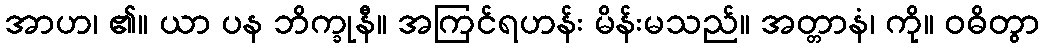
အာဟ၊ ၏။ ယာ ပန ဘိက္ခုနီ။ အကြင်ရဟန်း မိန်းမသည်။ အတ္တာနံ၊ ကို။ ဝဓိတွာ